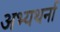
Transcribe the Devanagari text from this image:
अभ्यथर्ना